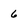
Character: 6